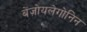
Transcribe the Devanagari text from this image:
बेंज़ोयलेगोनिन